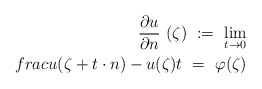
\begin{align*}\frac{\partial u}{\partial n}\ (\zeta)\ :=\ \lim_{t\to 0}\\frac{u(\zeta+t\cdot n)-u(\zeta)}{t}\ =\ \varphi(\zeta)\end{align*}